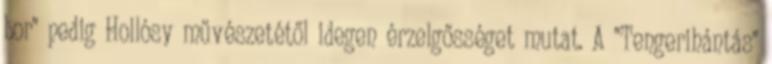
bor" pedig Hollósy művészetétől idegen érzelgősséget mutat. A "Tengerihántás"